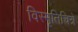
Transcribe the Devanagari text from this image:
विस्मृतिचित्रे